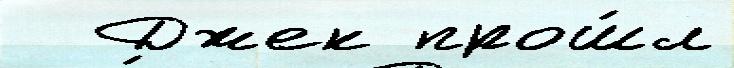
  Джек прош́л